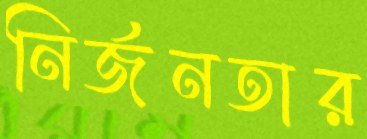
নির্জনতার